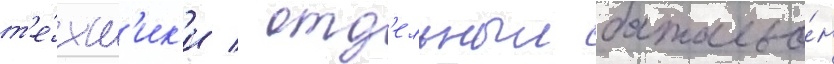
т'е́хн'ик'и / отд'ельныи батальо́н